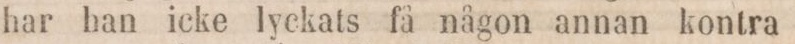
har han icke lyckats få någon annan kontra